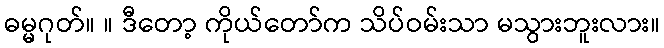
ဓမ္မဂုတ်။ ။ ဒီတော့ ကိုယ်တော်က သိပ်ဝမ်းသာ မသွားဘူးလား။